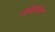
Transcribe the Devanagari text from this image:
जैक्विलिन